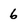
Character: 6